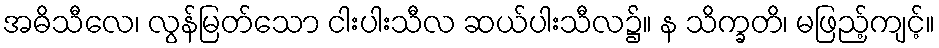
အဓိသီလေ၊ လွန်မြတ်သော ငါးပါးသီလ ဆယ်ပါးသီလ၌။ န သိက္ခတိ၊ မဖြည့်ကျင့်။